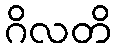
ဂိလတိ